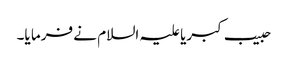
حبیب کبریا علیہ السلام نے فرما یا۔